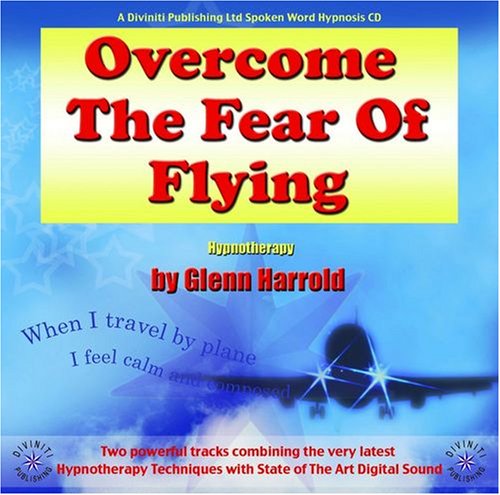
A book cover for Overcome the Fear of Flying; Glenn Harrold; Self-Help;